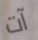
آت